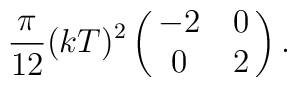
{\pi\over{12}}(kT)^2\left(\matrix{-2&0\cr0&2\cr}\right).